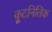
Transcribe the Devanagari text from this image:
कूटनितिक